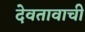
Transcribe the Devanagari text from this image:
देवतावाची